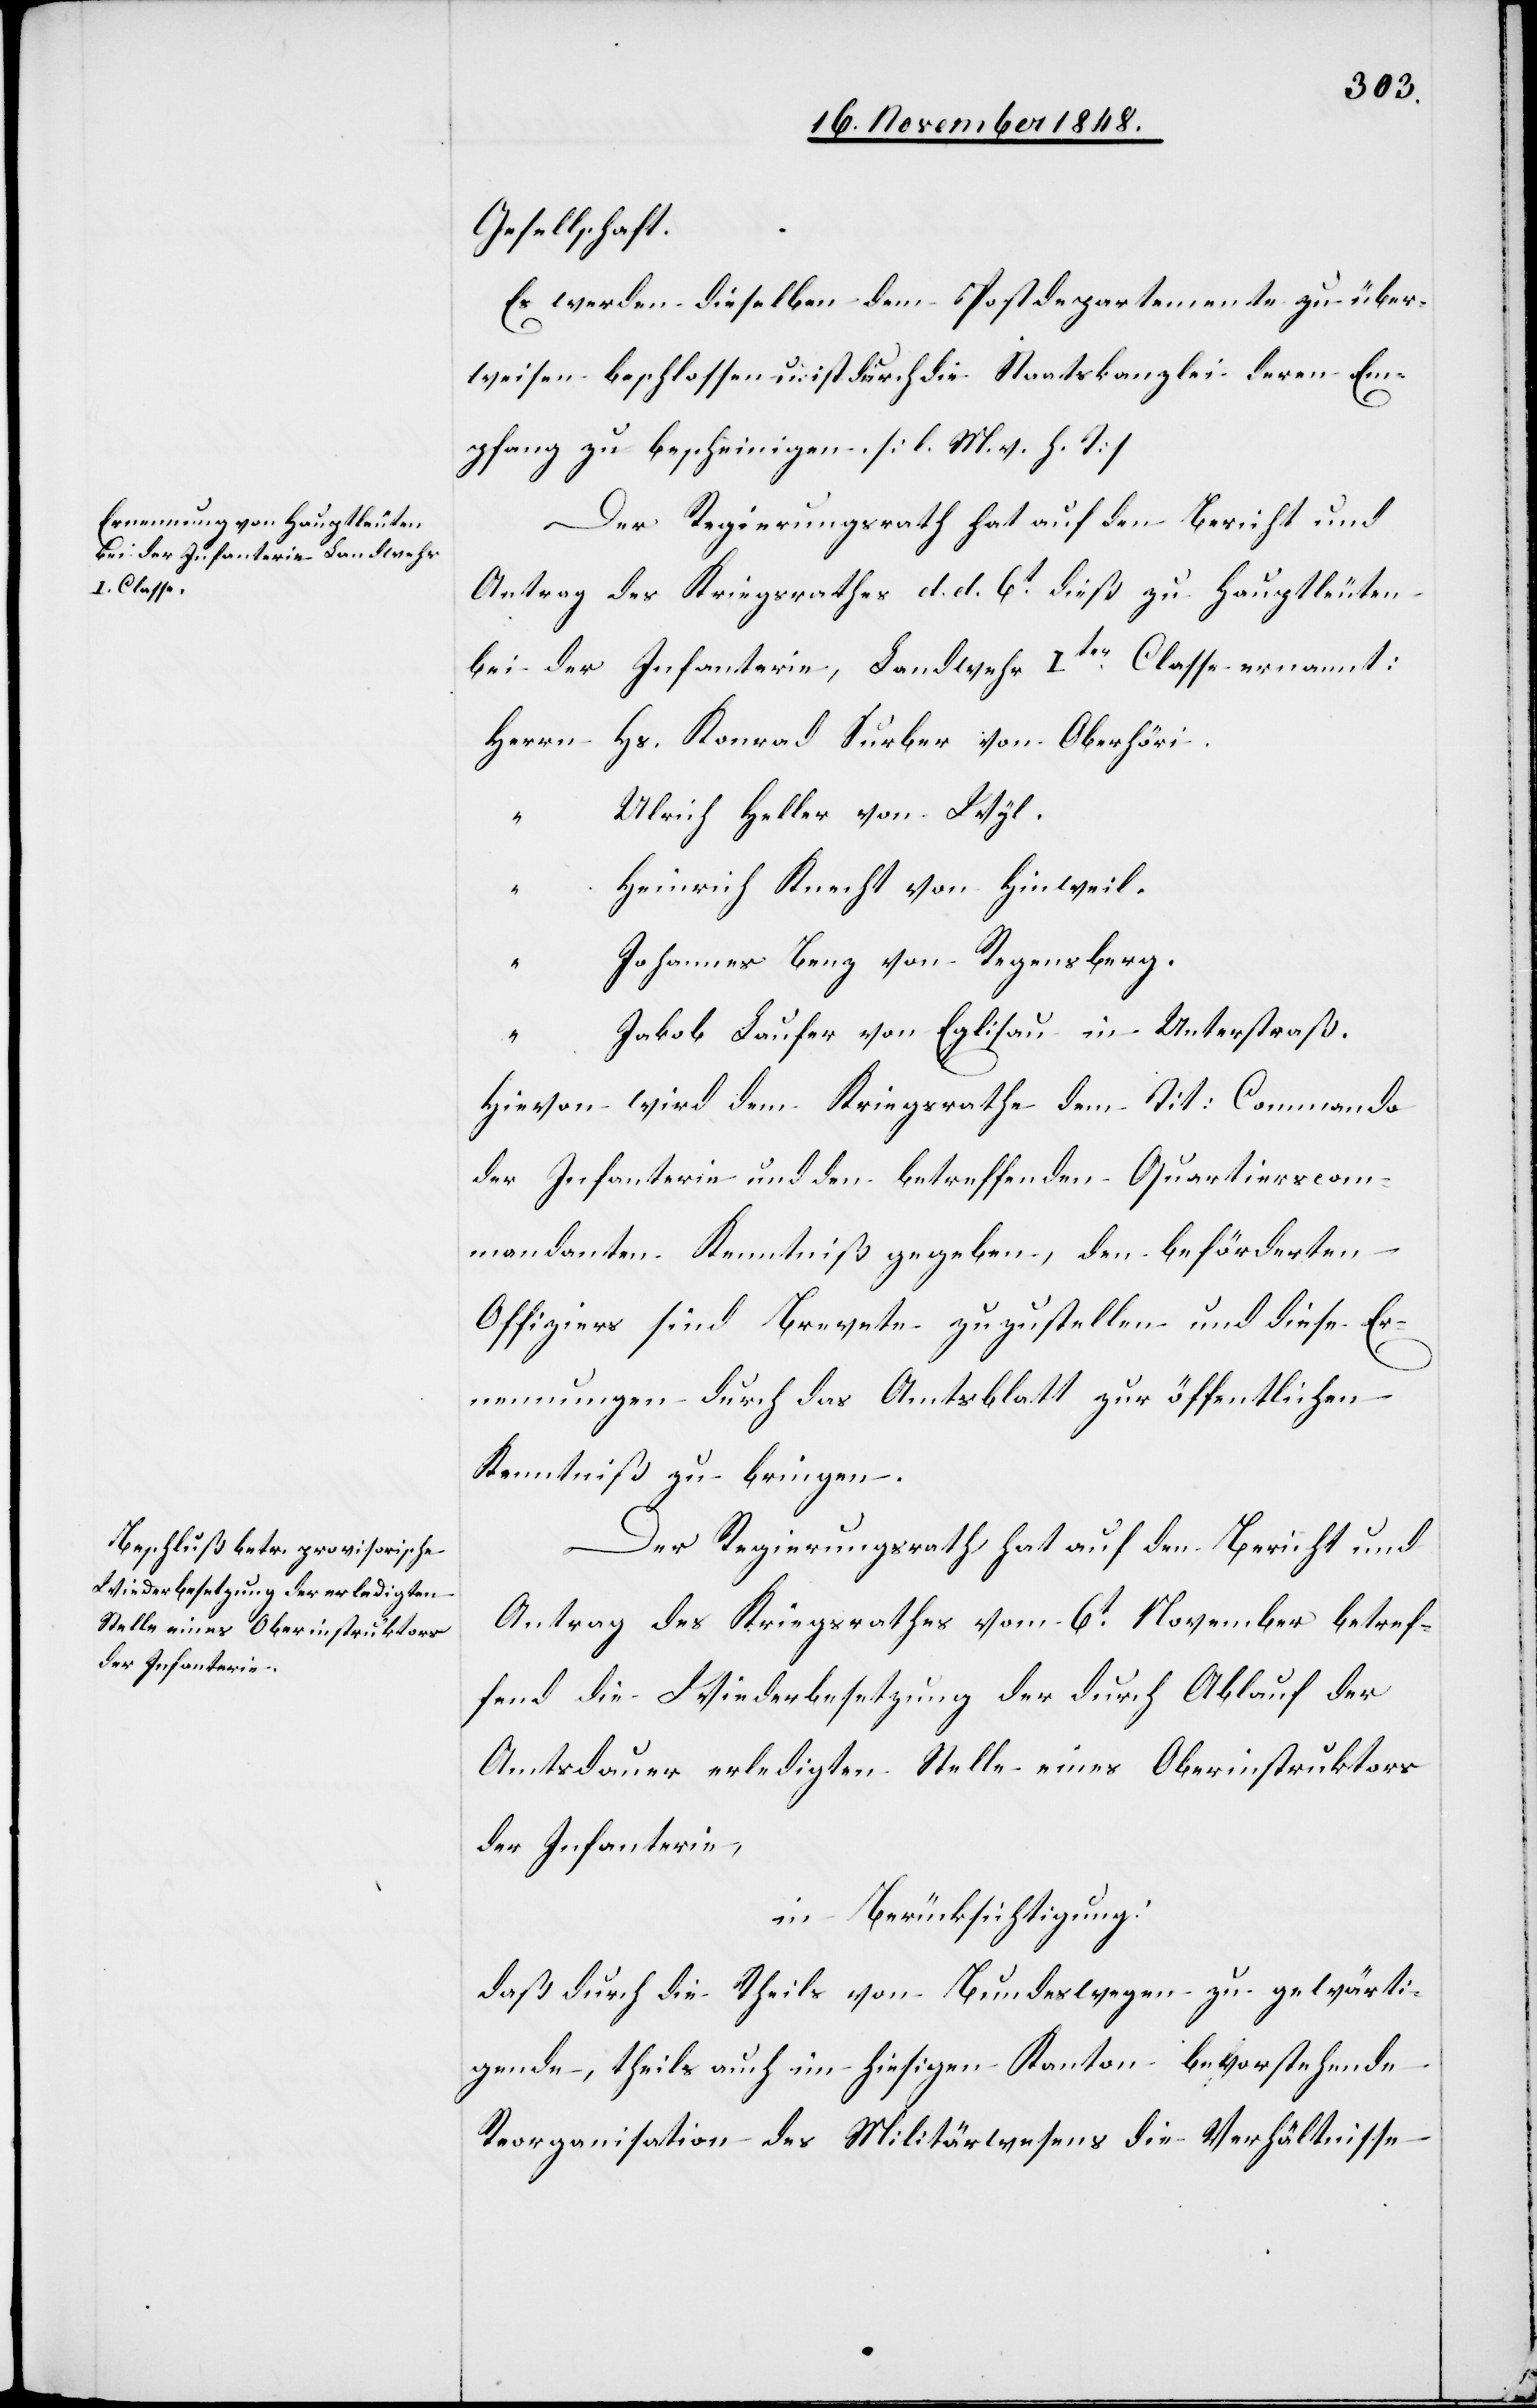
Gesellschaft.
Es werden dieselben dem Postdepartemente zu über¬
weisen beschlossen u. ist durch die Staatskanzlei deren Em¬
pfang zu bescheinigen. [l. M. v. h. T]
Der Regierungsrath hat auf den Bericht und
Antrag des Kriegsrathes d. d. 6t dieß zu Hauptleuten
bei der Infanterie, Landwehr Iter Classe ernannt:
Hs. Konrad Surber von Oberhöri.
Ulrich Heller von Wyl.
Heinrich Knecht von Hinweil.
Johannes Benz von Regensberg.
Jakob Laufer von Eglisau in Unterstraß.
Hievon wird dem Kriegsrathe dem Tit. Commando
der Infanterie und den betreffenden Quartierscom¬
mandanten Kenntniß gegeben, den beförderten
Offiziers sind Brevete zuzustellen und diese Er¬
nennungen durch das Amtsblatt zur öffentlichen
Kenntniß zu bringen.
Der Regierungsrath hat auf den Bericht und
Antrag des Kriegsrathes vom 6t November betref¬
fend die Wiederbesetzung der durch Ablauf der
Amtsdauer erledigten Stelle eines Oberinstruktors
der Infanterie,
in Berücksichtigung:
daß durch die Theils von Bundeswegen zu gewärti¬
gende, theils auch im hiesigen Kanton bevorstehende
Reorganisation des Militärwesens die Verhältnisse